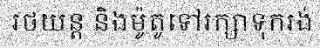
រថយន្ត និងម៉ូតូទៅរក្សាទុករង់